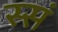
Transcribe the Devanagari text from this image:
स्सं